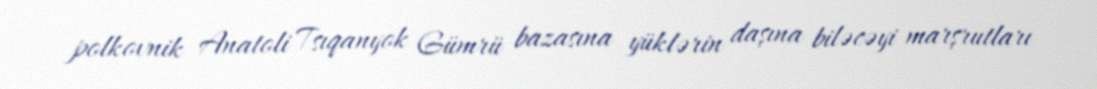
polkovnik Anatoli Tsıqanyok Gümrü bazasına yüklərin daşına biləcəyi marşrutları